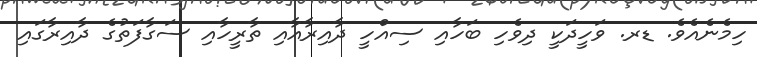
ހިމެނެއެވެ. ޑރ. ވަހީދަކީ ދިވެހި ބަހާއި ސިއްހީ ދާއިރާއާއި ތާރީހާއި ސަގާފަތުގެ ދާއިރާގައި